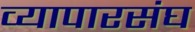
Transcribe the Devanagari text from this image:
व्यापारसंघ